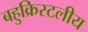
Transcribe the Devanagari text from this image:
बहुक्रिस्टलीय